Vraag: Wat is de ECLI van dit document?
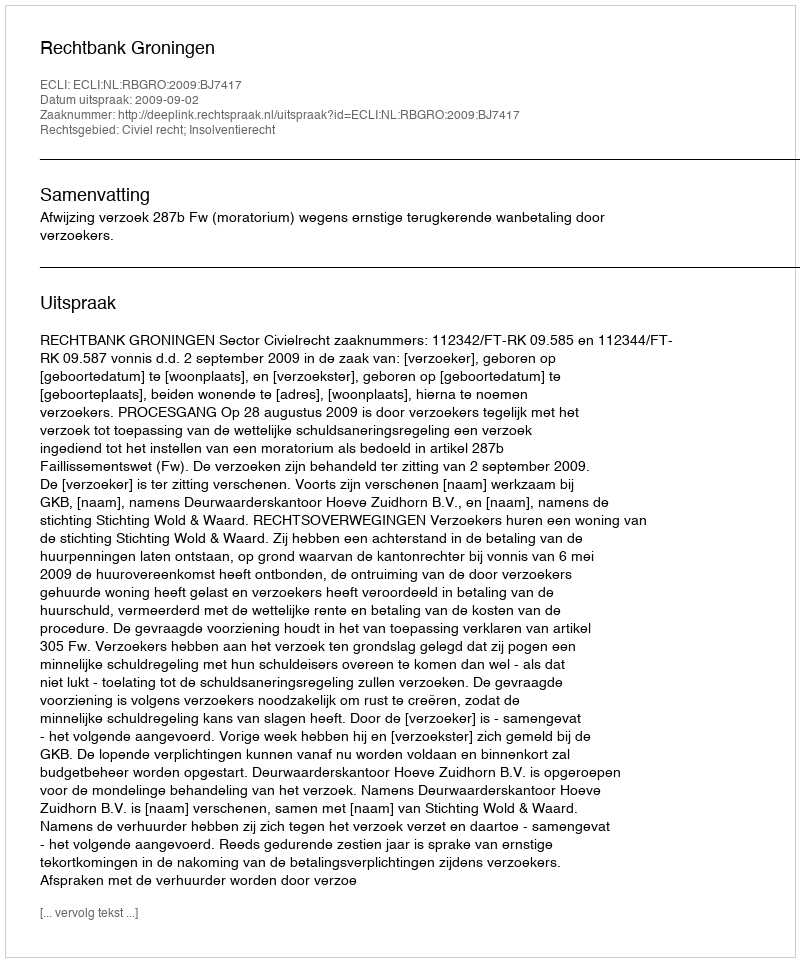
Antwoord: ECLI:NL:RBGRO:2009:BJ7417